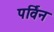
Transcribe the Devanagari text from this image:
पर्विन